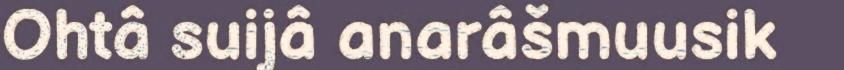
Ohtâ suijâ anarâšmuusik